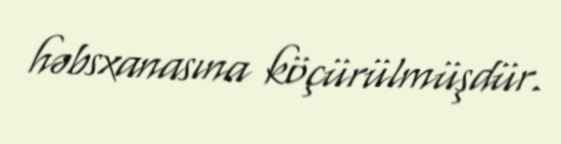
həbsxanasına köçürülmüşdür.